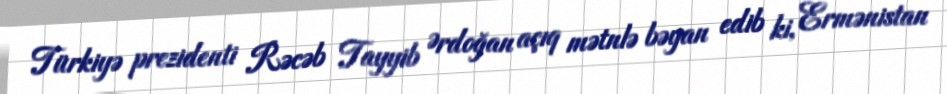
Türkiyə prezidenti Rəcəb Tayyib Ərdoğan açıq mətnlə bəyan edib ki, Ermənistan